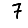
Digit: 7